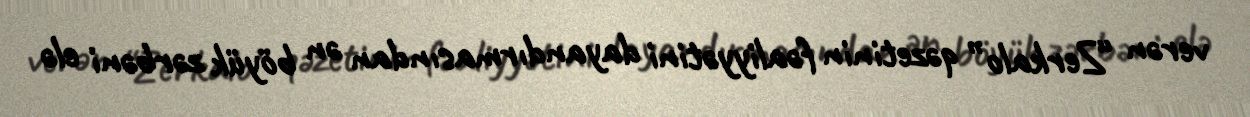
verən “Zerkalo” qəzetinin fəaliyyətini dayandırmasından ən böyük zərbəni elə